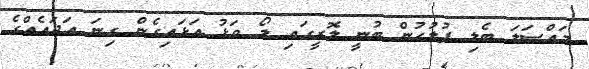
މައްސަލަ ބެލި ފުލުހުން ބުނީ ލޮރީގައި ލޯ ވަޅު އަޅައިގެން ގިނަ އަދައެއްގެ